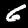
Digit: 6